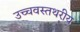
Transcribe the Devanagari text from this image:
उच्चवस्तथरीय